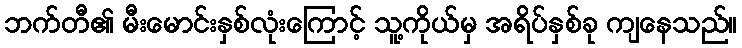
ဘက်တီ၏ မီးမောင်းနှစ်လုံးကြောင့် သူ့ကိုယ်မှ အရိပ်နှစ်ခု ကျနေသည်။